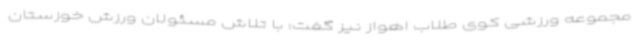
مجموعه ورزشی کوی طلاب اهواز نیز گفت: با تلاش مسئولان ورزش خوزستان